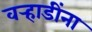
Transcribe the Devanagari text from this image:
वर्‍हाडींना